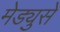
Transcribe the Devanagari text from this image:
मेड्युसे